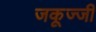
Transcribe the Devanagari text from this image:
जकूज्जी